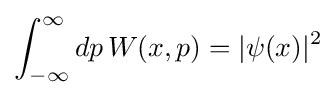
\int _{-\infty }^{\infty }dp\,W(x,p)=|\psi (x)|^{2}